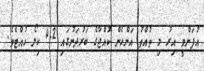
އުފަންވީ އިރު މި ތުއްތު އަންހެން ކުއްޖާގެ ބަރުދަނުގައި 4.2 ކިލޯ ހުއްޓެވެ.